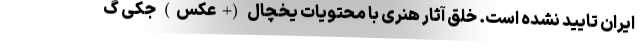
ایران تایید نشده است. خلق آثار هنری با محتویات یخچال (+عکس) جکی گ